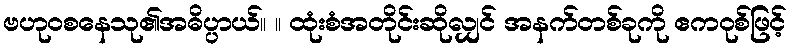
ဗဟုဝစနေသု၏အဓိပ္ပာယ်။ ။ ထုံးစံအတိုင်းဆိုလျှင် အနက်တစ်ခုကို ဧကဝုစ်ဖြင့်